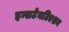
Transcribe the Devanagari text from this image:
इन्सटेनटिएशन